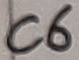
Text: C6